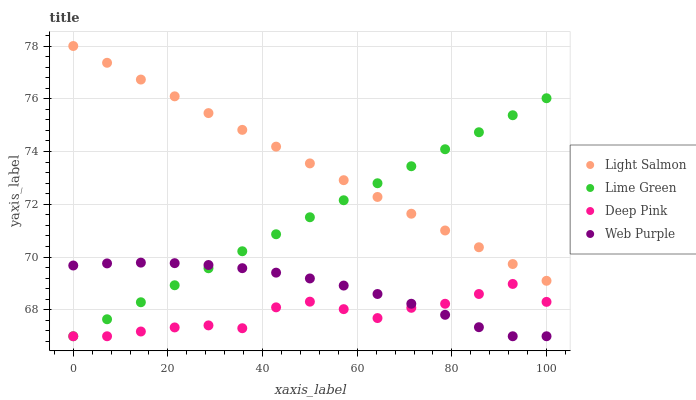
| xaxis_label | Light Salmon | Lime Green | Deep Pink | Web Purple |
 | --- | --- | --- | --- | --- |
 | 0 | 78 | 67 | 67 | 69.7 |
 | 7.14 | 77.4 | 67.6 | 67 | 69.8 |
 | 14.3 | 76.7 | 68.3 | 67.2 | 69.8 |
 | 21.4 | 76.1 | 68.9 | 67.3 | 69.8 |
 | 28.6 | 75.5 | 69.6 | 67.4 | 69.7 |
 | 35.7 | 74.8 | 70.2 | 67.3 | 69.6 |
 | 42.9 | 74.2 | 70.9 | 68.1 | 69.4 |
 | 50 | 73.6 | 71.5 | 68.3 | 69.2 |
 | 57.1 | 72.9 | 72.2 | 68 | 68.9 |
 | 64.3 | 72.3 | 72.8 | 67.7 | 68.6 |
 | 71.4 | 71.6 | 73.4 | 68.1 | 68.2 |
 | 78.6 | 71 | 74.1 | 68.2 | 67.8 |
 | 85.7 | 70.4 | 74.7 | 68.6 | 67.3 |
 | 92.9 | 69.7 | 75.4 | 69 | 67 |
 | 100 | 69.1 | 76 | 68.3 | 67 |